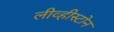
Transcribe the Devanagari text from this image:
लीव्हीस्टोन